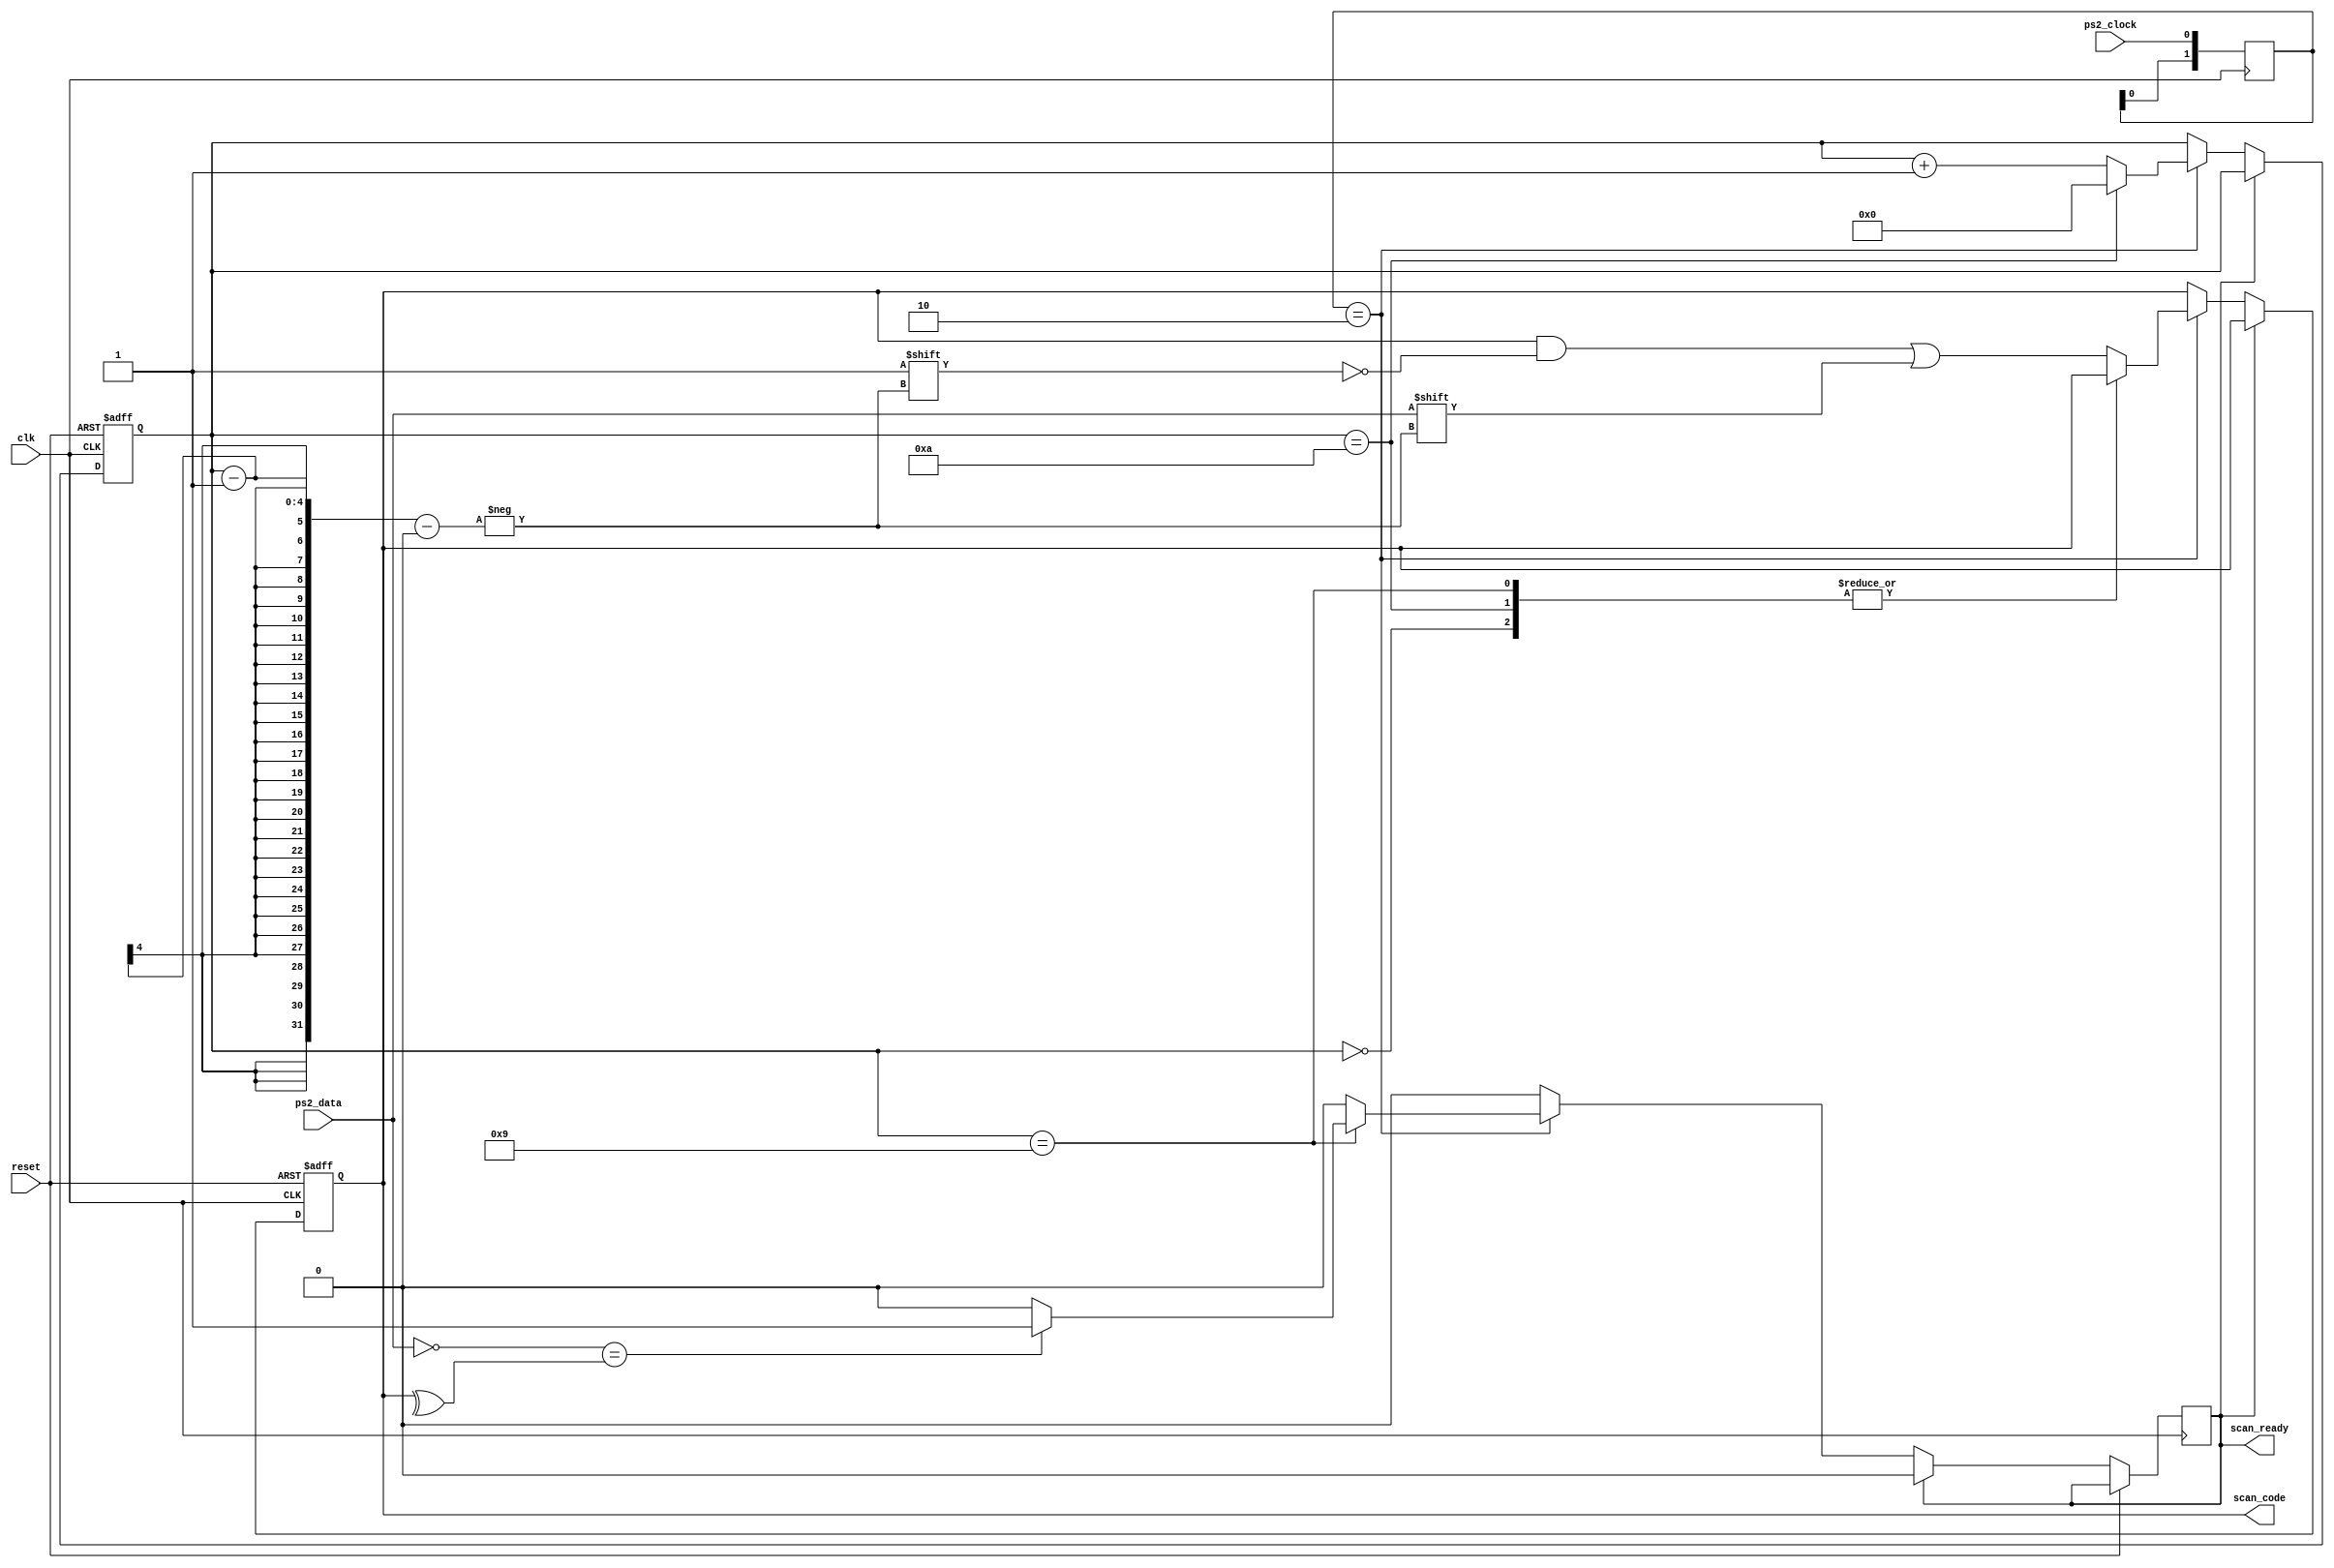
/**
 * Decodes the ps2 data into scan codes. 
 *
 * The ps2 protocol is here http://www.computer-engineering.org/ps2protocol/
 */
 
 
module ps2_controller (
    input reset,
    input clk,
    input ps2_clock,
    input ps2_data,
    output scan_ready,
    output [7:0] scan_code
);

    reg [7:0] r_scan_code;
    reg [3:0] state_reg = 4'd0;
    reg ready;
    reg [1:0] ps2_clock_edge_detect = 2'b00;
    wire ps2_clock_negedge;


    assign scan_code = r_scan_code;
    assign scan_ready = ready;
    assign ps2_clock_negedge = (ps2_clock_edge_detect == 2'b10);
    
    // Sample the ps2_clock.
    always @(posedge clk) begin
        ps2_clock_edge_detect <= {ps2_clock_edge_detect[0], ps2_clock};
    end  

    // ps2_clock is goes low 15us after the data is set.
    always @(posedge clk or posedge reset) begin
        if (reset) begin 
            state_reg <= 4'b0;
            r_scan_code <= 8'b0;
        end 
        else if (ready) begin
            // Ensure ready flag is only one system clock.
            ready <= 1'b0;
        end
        else if (ps2_clock_negedge) begin 
            
            case (state_reg)
            4'd0: // 1 start bit.  This is always 0.
                begin
                    state_reg <= state_reg + 1'b1;
                    ready <= 1'b0;
                end
            4'd9: // 1 parity bit (odd parity).
                begin
                    if (!ps2_data == ^r_scan_code) begin 
                        ready <= 1'b1;
                    end else begin
                        ready <= 1'b0;
                    end
                    state_reg <= state_reg + 1'b1;
                end
            4'd10: // 1 stop bit.  This is always 1.
                begin
                    state_reg <= 4'b0;
                    ready <= 1'b0;
                end
            default: // 8 data bits, least significant bit first.
                begin
                    r_scan_code[state_reg - 1] <= ps2_data;
                    state_reg <= state_reg + 1'b1;
                    ready <= 1'b0;
                end
            endcase
        end
    end

    
endmodule